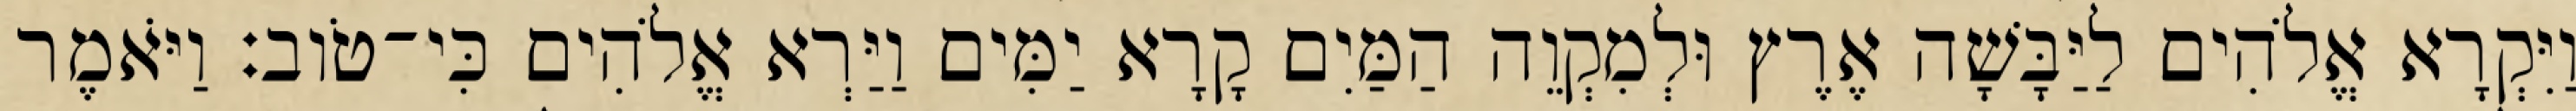
וַיִּקְרָא אֱלֹהִים לַיַּבָּשָׁה אֶרֶץ וּלְמִקְוֵה הַמַּיִם קָרָא יַמִּים וַיַּרְא אֱלֹהִים כִּי־טֹוב׃ וַיֹּאמֶר